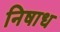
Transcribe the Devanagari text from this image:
निषाध